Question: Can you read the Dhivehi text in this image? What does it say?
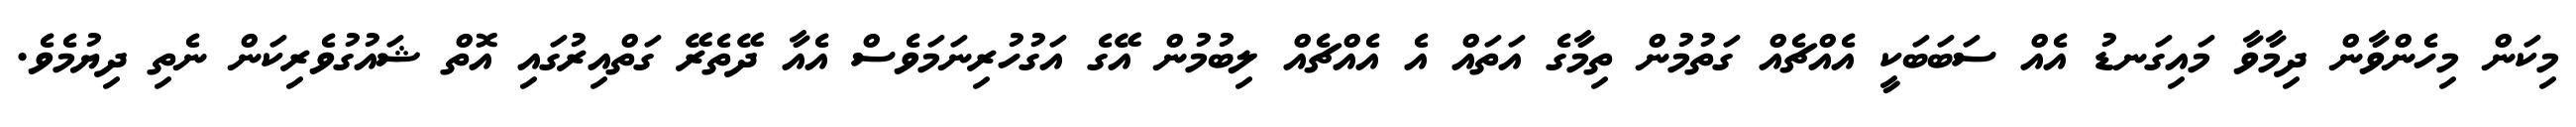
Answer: މިކަން މިހެންވާން ދިމާވާ މައިގަނޑު އެއް ސަބަބަކީ އެއްޗެއް ގަތުމުން ތިމާގެ އަތައް އެ އެއްޗެއް ލިބުމުން އޭގެ އަގުހުރިނަމަވެސް އެއާ ދޭތެރޭ ގަތްއިރުގައި އޮތް ޝައުގުވެރިކަން ނެތި ދިޔުމެވެ.